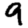
Digit: 9